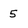
Character: 5